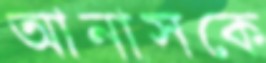
আনাসকে